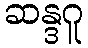
ဆန္ဒဂူ